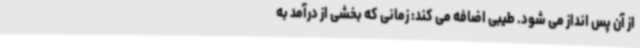
از آن پس انداز می شود. طیبی اضافه می کند: زمانی که بخشی از درآمد به